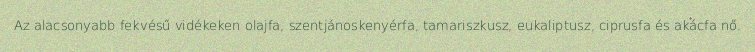
Az alacsonyabb fekvésű vidékeken olajfa, szentjánoskenyérfa, tamariszkusz, eukaliptusz, ciprusfa és akácfa nő.